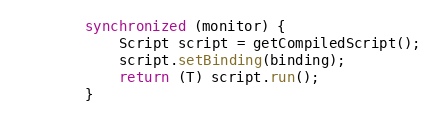
Language: Java
        synchronized (monitor) {
            Script script = getCompiledScript();
            script.setBinding(binding);
            return (T) script.run();
        }